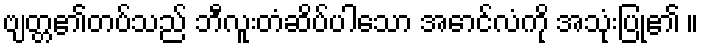
ဗျတ္တ၏တပ်သည် ဘီလူးတံဆိပ်ပါသော အောင်လံကို အသုံးပြု၏ ။